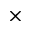
\times